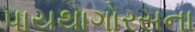
પાયથાગોરસના